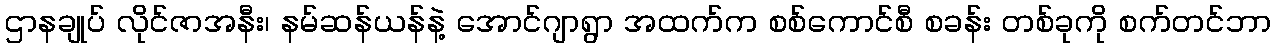
ဌာနချုပ် လိုင်ဇာအနီး၊ နမ်ဆန်ယန်နဲ့ အောင်ဂျာရွာ အထက်က စစ်ကောင်စီ စခန်း တစ်ခုကို စက်တင်ဘာ